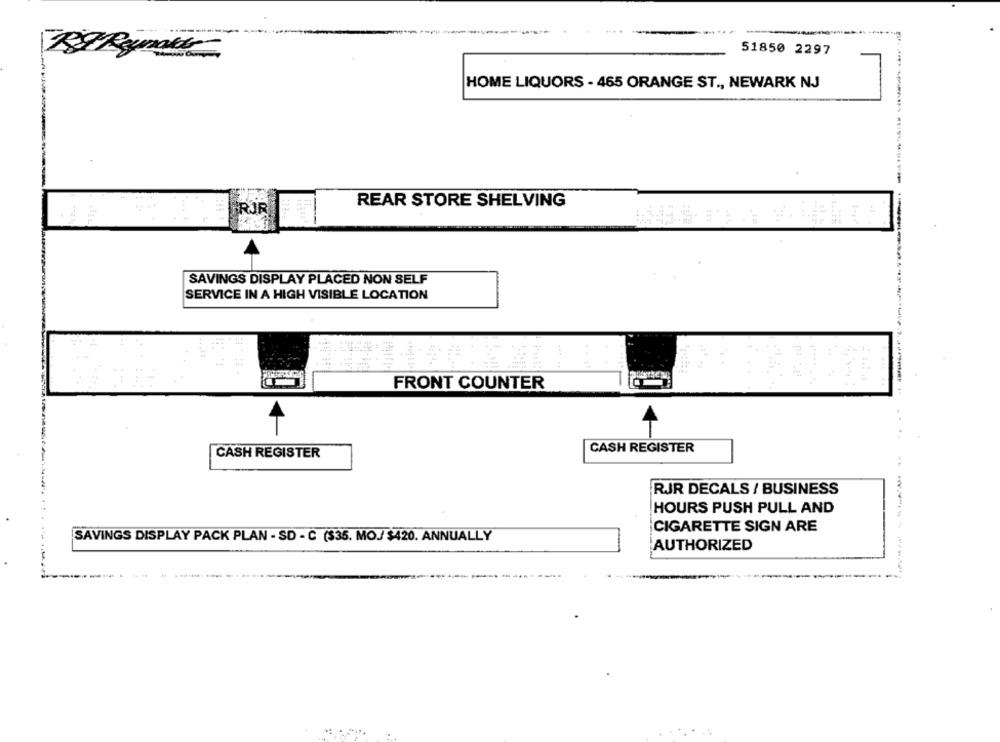
51850 2297
HOME LIQUORS - 465 ORANGE ST ., NEWARK NJ
REAR STORE SHELVING
RJF
SAVINGS DISPLAY PLACED NON SELF
SERVICE IN A HIGH VISIBLE LOCATION
.
FRONT COUNTER
CASH REGISTER
CASH REGISTER
RR DECALS / BUSINESS
HOURS PUSH PULL AND
CIGARETTE SIGN ARE
SAVINGS DISPLAY PACK PLAN - SD - C (335. MO./ $420. ANNUALLY
AUTHORIZED